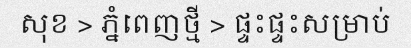
សុខ > ភ្នំពេញថ្មី > ផ្ទះផ្ទះសម្រាប់